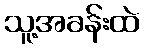
သူ့အခန်းထဲ